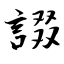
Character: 諁